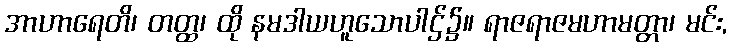
အာဟာရေတိ၊ တတ္ထ၊ ထို နမဒါယဟူသောပါဌ်၌။ ရာဇရာဇမဟာမတ္တာ၊ မင်း,